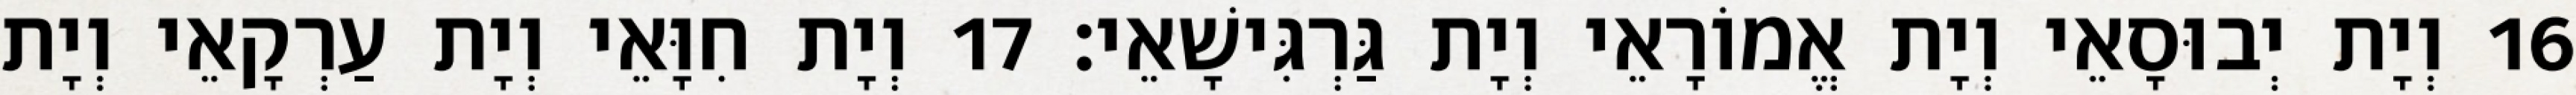
16 וְיָת יְבוּסָאֵי וְיָת אֱמוֹרָאֵי וְיָת גַּרְגִּישָׁאֵי׃ 17 וְיָת חִוָּאֵי וְיָת עַרְקָאֵי וְיָת